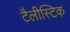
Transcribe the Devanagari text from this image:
टैलीस्टिक